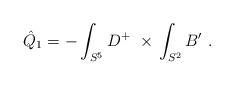
LaTeX: \begin{align*}\hat Q_1 = -\int_{S^5}D^+\ \times\,\int_{S^2} B'\ .\end{align*}